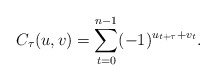
\begin{align*}C_{\tau}(u,v)=\sum\limits_{t=0}^{n-1}(-1)^{u_{t+\tau}+v_t}.\end{align*}